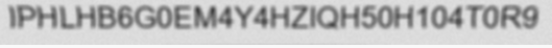
IPHLHB6G0EM4Y4HZIQH50H104T0R9